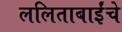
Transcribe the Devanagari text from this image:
ललिताबाईंचे